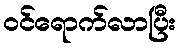
ဝင်ရောက်လာပြီး